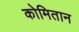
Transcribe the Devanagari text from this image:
कोमितान